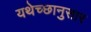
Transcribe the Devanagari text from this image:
यथेच्छानुसार